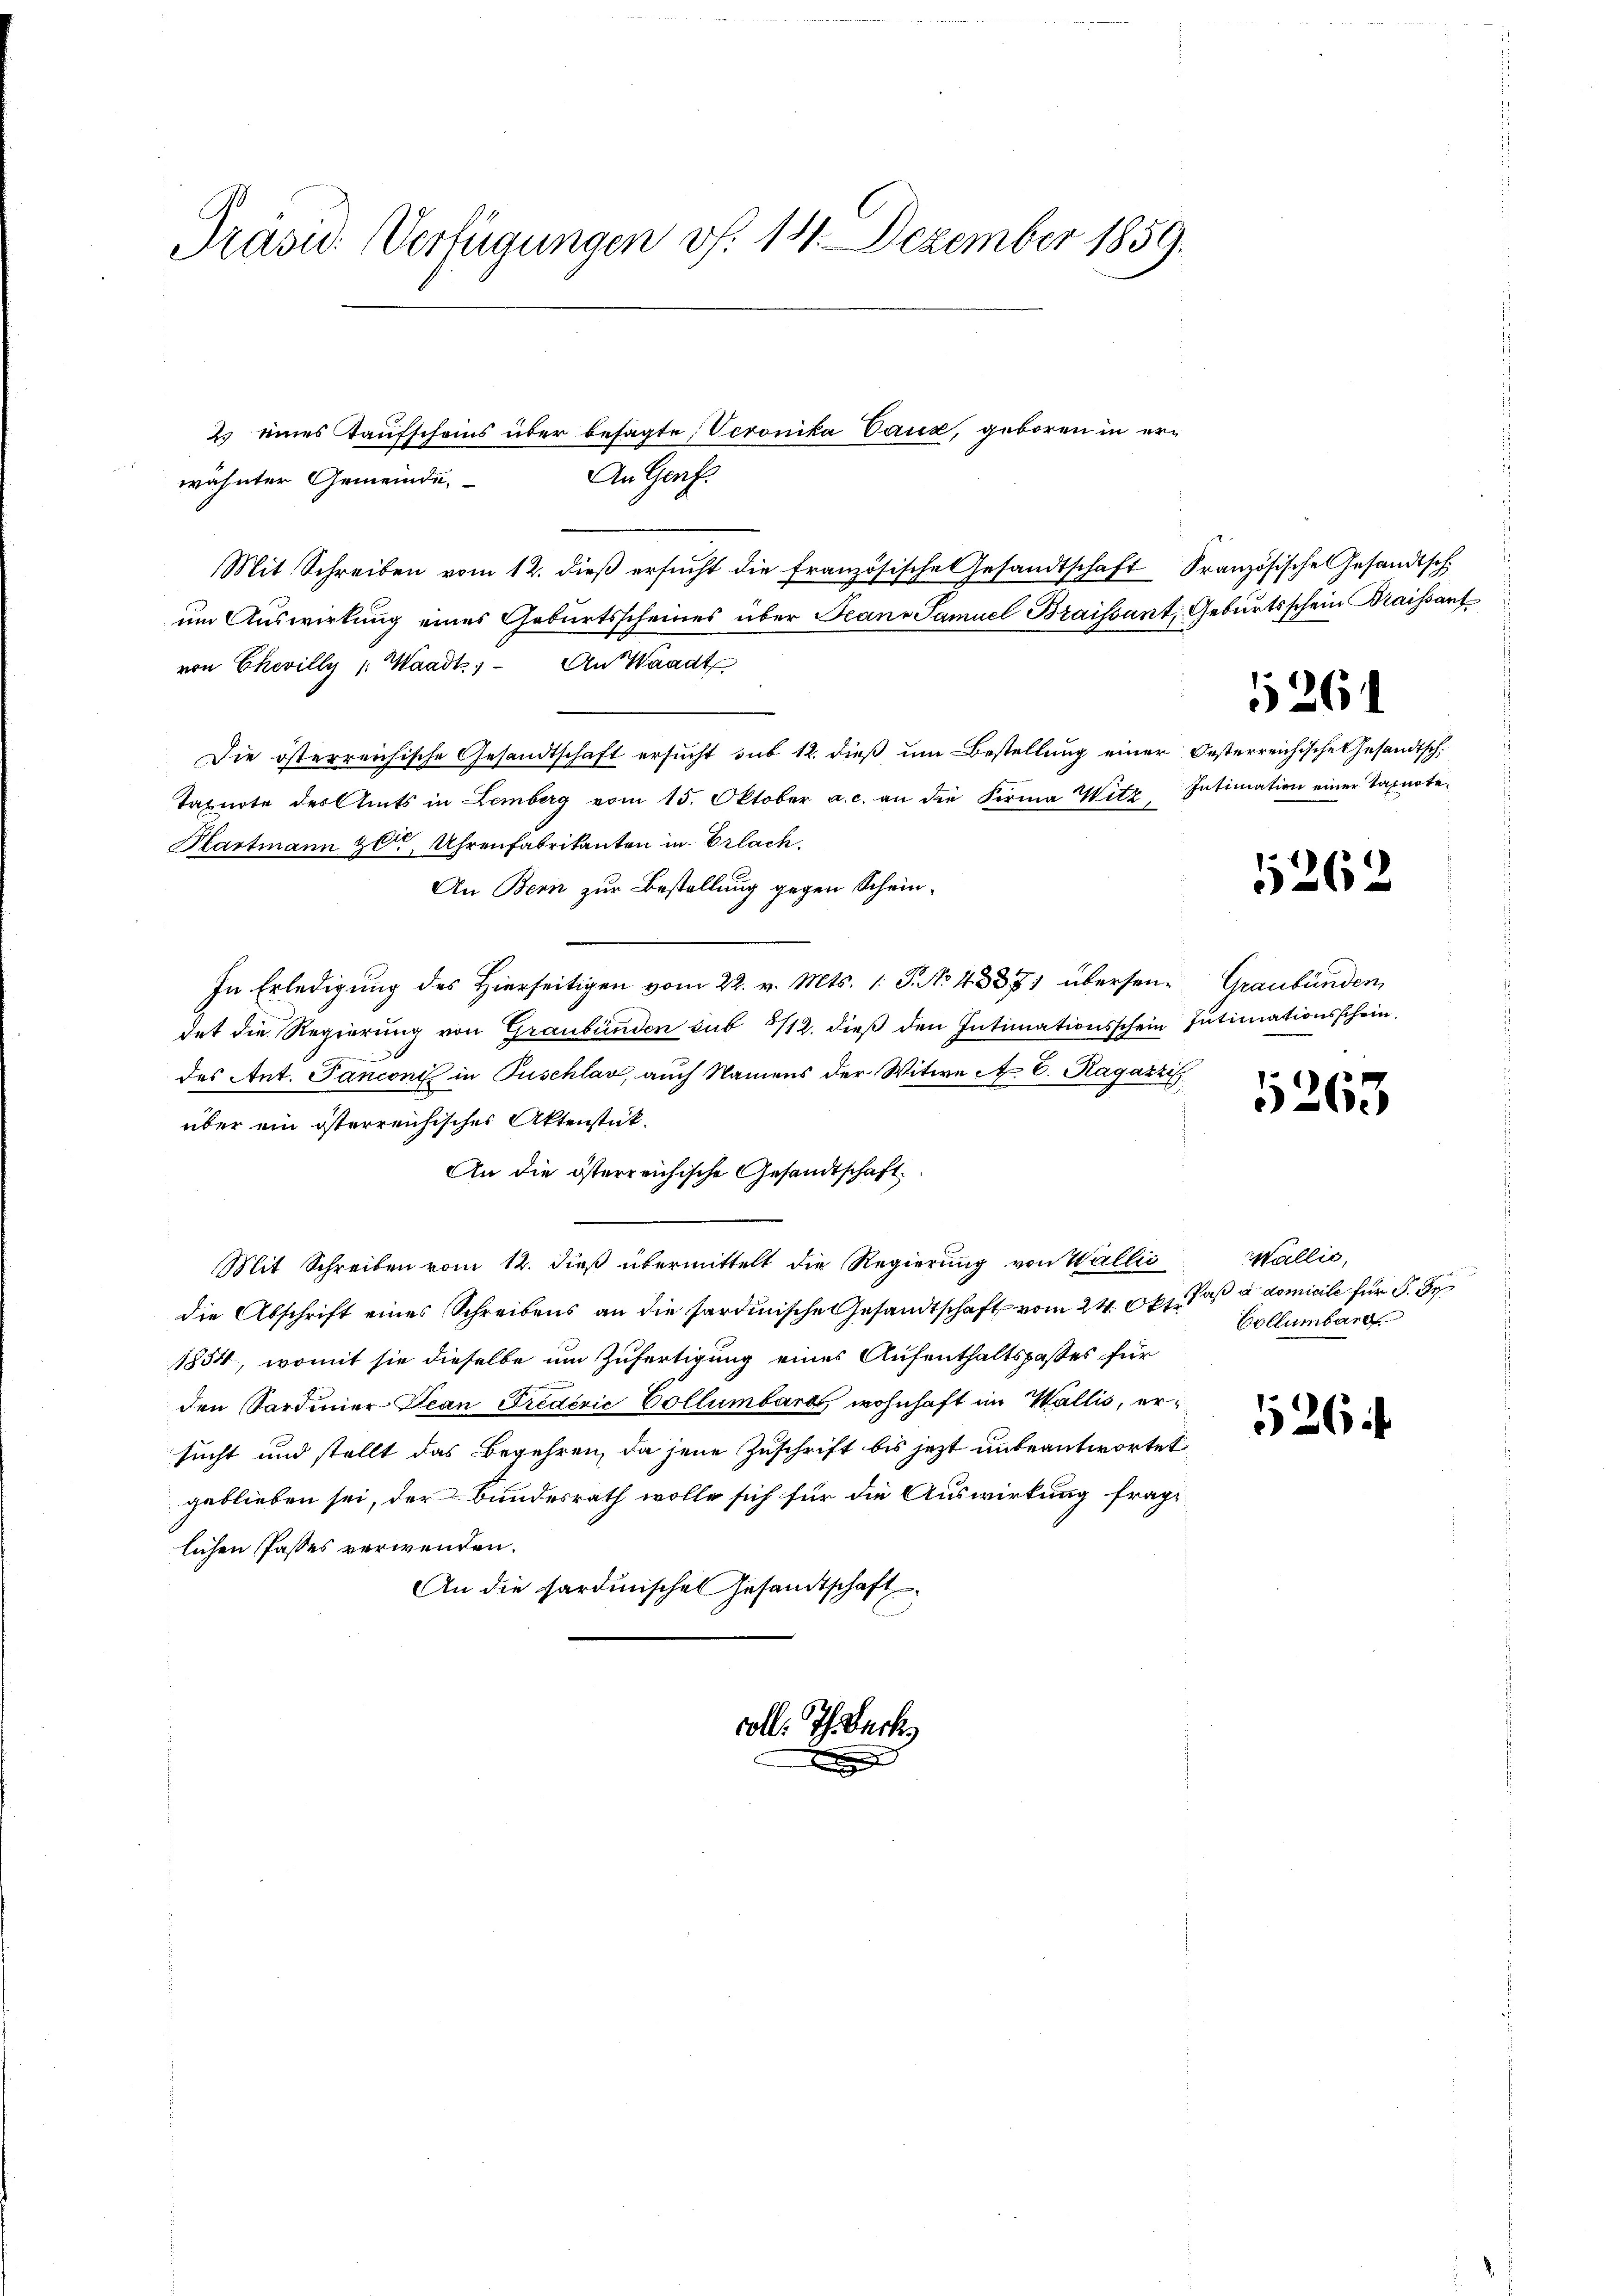
Präsid. Verfügungen v. 14. Dezember 1859.

2. eines Taufscheins über besagte Veronika Vaud, geboren in er¬
An Genf.
Mit Schreiben vom 12. dieß ersucht die französische Gesandtschaft Französische Gesandtsch
um Auswirkung eines Geburtsscheines über Scano Samuel Braissant, Geburtsschein raissant
von Chevilly ( Waadt, An Waadt
Die österreichische Gesandtschaft ersucht sub 12. dieß um Bestellung einer Oesterreichische Gesandtsch.
Tasnote des Amts in Lemberg vom 15. Oktober a. c. an die Firma Witz Intimation einer Taxuote-
Plartmann Herr Uhrenfabrikanten in Erlach
An Bern zur Bestellung gegen Schein¬
In Erledigung des Hierseitigen vom 22. v. Mts. 1. P. No 43371 übersen- Graubünden,
det die Regierung von Graubünden sub 5/12. dieß den Intimationsschein Intimationsschein.
des Ant. Panconi in Puschlav, auch Namens der Witwe A. E. Ragazzi
über ein österreichisches Aktenstück.
An die österreichische Gesandtschaft
Mit Schreiben vom 12. dieß übermittelt die Regierung von Wallii
die Abschrift eines Schreibens an die sardinische Gesandtschaft vom 24. Okt. das a domicile für 5. Fe
1854, womit sie dieselbe um Zufertigung eines Aufenthaltspastes für
den Sardiner-Tean Fredević Collumbard, wohnhaft im Wallis, ersucht und stellt das Begehren, da jene Zuschrift bis jetzt unbeantwortet
geblieben sei, der Bundesrath wolle sich für die Auswirkung fraglichen Passes verwenden.
An die Sardinischen Gesandtschaft

wähnter Gemeinde.

x

voll. Ich. Beck

5261

5262

1263

Wallić,
Collumbare

1264